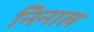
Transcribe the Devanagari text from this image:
निनाल